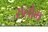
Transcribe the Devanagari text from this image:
सलोम